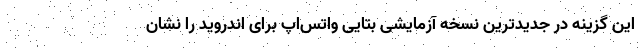
این گزینه در جدیدترین نسخه آزمایشی بتایی واتس‌اپ برای اندروید را نشان